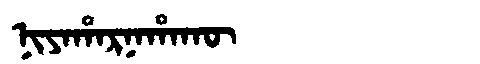
Manchu: ᠨᡳᠶᠠᡥᠠᡵᠨᠠᡥᠠᡴᡡ
Romanization: NIYAHARNAHAKŪ